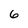
Character: 6